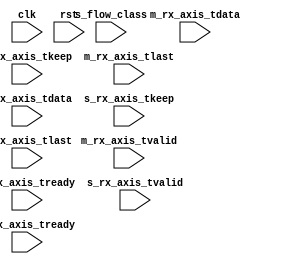
module perf_counter #
(
    // Width of AXI stream interfaces in bits
    parameter AXIS_DATA_WIDTH = 256,
    // AXI stream tkeep signal width (words per cycle)
    parameter AXIS_KEEP_WIDTH = (AXIS_DATA_WIDTH/8),
    parameter TEST_MODE = 0


)
(
    input  wire                       clk,
    input  wire                       rst,

    /*
    * Send data output to the dma
    */
    input  wire [AXIS_DATA_WIDTH-1:0]          m_rx_axis_tdata,
    input  wire [AXIS_KEEP_WIDTH-1:0]          m_rx_axis_tkeep,
    input  wire                                m_rx_axis_tvalid,
    input  wire                                m_rx_axis_tready,
    input  wire                                m_rx_axis_tlast,


    /*
    * Receive data from the wire
    */
    input wire [AXIS_DATA_WIDTH-1:0]           s_rx_axis_tdata,
    input wire [AXIS_KEEP_WIDTH-1:0]           s_rx_axis_tkeep,
    input wire                                 s_rx_axis_tvalid,
    input wire                                 s_rx_axis_tready,
    input wire                                 s_rx_axis_tlast,
    
    input wire [4:0]                           s_flow_class
);

// reg [47:0] in_byte_counter;
// reg [47:0] out_byte_counter;

reg [31:0] in_pk_counter;
reg [31:0] out_pk_counter;
reg [47:0] in_frame_counter;
reg [47:0] out_frame_counter;

reg [11:0] inter_cycle_counter;
reg [31:0] inter_in_frame_counter[4:0];
reg [31:0] inter_out_frame_counter;
reg [31:0] last_inter_in_frame_counter[4:0];
reg [31:0] last_inter_out_frame_counter;
reg [31:0] max_in_frame_counter[4:0];
reg [31:0] max_out_frame_counter;


reg [63:0] cycle_counter;

reg [9:0] iter_counter;

// reg [15:0] out_keep_counter, in_keep_counter;


// ila_perf panic_perf_debug (
// 	.clk(clk), // input wire clk


// 	.probe0(s_rx_axis_tready), // input wire [0:0] probe0  
// 	.probe1({s_rx_axis_tkeep,s_rx_axis_tkeep,last_inter_in_frame_counter,last_inter_out_frame_counter,max_in_frame_counter,max_out_frame_counter,in_frame_counter,out_frame_counter,cycle_counter,in_pk_counter,out_pk_counter}), // input wire [511:0]  probe1 
// 	.probe2( 0), // input wire [63:0]  probe2 
// 	.probe3( s_rx_axis_tvalid), // input wire [0:0]  probe3 
// 	.probe4( s_rx_axis_tlast), // input wire [0:0]  probe4 
// 	.probe5( 0), // input wire [0:0]  probe5 
// 	.probe6( {{64{1'b1}}}), // input wire [63:0]  probe6 
// 	.probe7( 0), // input wire [0:0]  probe7  
// 	.probe8( 0) // input wire [0:0]  probe8
// );

// integer i;
// integer j;
// always @* begin
//     in_keep_counter = 0;
//     out_keep_counter = 0;
//     if(s_rx_axis_tvalid && s_rx_axis_tready) begin
//         in_keep_counter = 0;
//         for(i = 0; i < AXIS_KEEP_WIDTH; i=i+1) begin
//             if(s_rx_axis_tkeep[i] == 1) begin
//                 in_keep_counter = in_keep_counter + 1;
//             end
//         end
//     end

//     if(m_rx_axis_tvalid && m_rx_axis_tready) begin
//         out_keep_counter = 0;
//         for(j = 0; j < AXIS_KEEP_WIDTH; j=j+1) begin
//             if(m_rx_axis_tkeep[j] == 1) begin
//                 out_keep_counter = out_keep_counter + 1;
//             end
//         end
//     end
// end

always@(posedge clk) begin
    if(rst) begin
        in_frame_counter <= 0;
        out_frame_counter <= 0;
        in_pk_counter <= 0;
        out_pk_counter <= 0;
        cycle_counter <= 0;
        inter_cycle_counter <= 0;

        max_in_frame_counter[0] <= 0;
        max_in_frame_counter[1] <= 0;
        max_in_frame_counter[2] <= 0;
        max_in_frame_counter[3] <= 0;
        max_in_frame_counter[4] <= 0;

        max_out_frame_counter <= 0;
        inter_in_frame_counter[0] <= 0;
        inter_in_frame_counter[1] <= 0;
        inter_in_frame_counter[2] <= 0;
        inter_in_frame_counter[3] <= 0;
        inter_in_frame_counter[4] <= 0;



        inter_out_frame_counter <= 0;

        last_inter_in_frame_counter[0] <= 0;
        last_inter_in_frame_counter[1] <= 0;
        last_inter_in_frame_counter[2] <= 0;
        last_inter_in_frame_counter[3] <= 0;
        last_inter_in_frame_counter[4] <= 0;

        last_inter_out_frame_counter <= 0;

        iter_counter <= 0;
    end
    else begin
        cycle_counter <= cycle_counter + 1;
        inter_cycle_counter <= inter_cycle_counter + 1;

        if(s_rx_axis_tvalid && s_rx_axis_tready) begin
            in_frame_counter <= in_frame_counter + 1;
            if(s_flow_class == 0)
                inter_in_frame_counter[0] <= inter_in_frame_counter[0] + 1;
            if(s_flow_class == 1)
                inter_in_frame_counter[1] <= inter_in_frame_counter[1] + 1;
            if(s_flow_class == 2)
                inter_in_frame_counter[2] <= inter_in_frame_counter[2] + 1;
            if(s_flow_class == 3)
                inter_in_frame_counter[3] <= inter_in_frame_counter[3] + 1;
            if(s_flow_class == 4)
                inter_in_frame_counter[4] <= inter_in_frame_counter[4] + 1;
        end
        if(m_rx_axis_tvalid && m_rx_axis_tready)begin
            out_frame_counter <= out_frame_counter + 1;
            inter_out_frame_counter <= inter_out_frame_counter + 1;
        end
        if(s_rx_axis_tvalid && s_rx_axis_tready && s_rx_axis_tlast) begin
            in_pk_counter <= in_pk_counter + 1;
        end
        if(m_rx_axis_tvalid && m_rx_axis_tready && m_rx_axis_tlast) begin
            out_pk_counter <= out_pk_counter + 1;
        end

        if(inter_cycle_counter == 0) begin
            inter_in_frame_counter[0] <= 0;
            inter_in_frame_counter[1] <= 0;
            inter_in_frame_counter[2] <= 0;
            inter_in_frame_counter[3] <= 0;
            inter_in_frame_counter[4] <= 0;

            inter_out_frame_counter <= 0;

            last_inter_in_frame_counter[0] <= inter_in_frame_counter[0];
            last_inter_in_frame_counter[1] <= inter_in_frame_counter[1];
            last_inter_in_frame_counter[2] <= inter_in_frame_counter[2];
            last_inter_in_frame_counter[3] <= inter_in_frame_counter[3];
            last_inter_in_frame_counter[4] <= inter_in_frame_counter[4];

            last_inter_out_frame_counter <= inter_out_frame_counter;

            if(inter_in_frame_counter[0] > max_in_frame_counter[0]) begin
                max_in_frame_counter[0] <= inter_in_frame_counter[0];
            end
            if(inter_in_frame_counter[1] > max_in_frame_counter[1]) begin
                max_in_frame_counter[1] <= inter_in_frame_counter[1];
            end
            if(inter_in_frame_counter[2] > max_in_frame_counter[2]) begin
                max_in_frame_counter[2] <= inter_in_frame_counter[2];
            end
            if(inter_in_frame_counter[3] > max_in_frame_counter[3]) begin
                max_in_frame_counter[3] <= inter_in_frame_counter[3];
            end
            if(inter_in_frame_counter[4] > max_in_frame_counter[4]) begin
                max_in_frame_counter[4] <= inter_in_frame_counter[4];
            end


            if(inter_out_frame_counter > max_out_frame_counter) begin
                max_out_frame_counter <= inter_out_frame_counter;
            end

            if(TEST_MODE == 0) begin
                if(iter_counter > 1) begin
                    $display("--------------");
                    $display("- Traffic Group 1: %f Gbps " ,inter_in_frame_counter[0] * 512 * 1.0 / ((2**12) * 4.0) );
                    $display("- Traffic Group 2: %f Gbps " ,inter_in_frame_counter[1] * 512 * 1.0 / ((2**12) * 4.0) );
                    $display("- Traffic Group 3: %f Gbps " ,inter_in_frame_counter[2] * 512 * 1.0 / ((2**12) * 4.0) );
                end
            end
            else begin
                if(iter_counter > 1) begin
                    // $display("--------------");
                    $display("- Throughput %f Gbps " ,inter_in_frame_counter[3] * 512 * 1.0 / ((2**12) * 4.0) );
                end
            end
            
            
            iter_counter <= iter_counter + 1;
        end


    end
end

endmodule